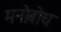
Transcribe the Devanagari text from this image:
मनोबोध